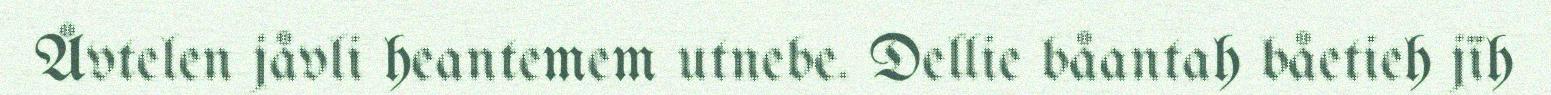
Åvtelen jåvli heantemem utnebe. Dellie båantah båetieh jïh